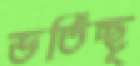
ভর্তিচ্ছৃ